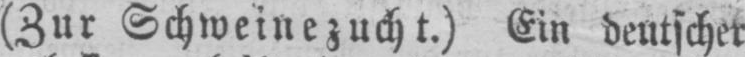
(Zur Schweinezucht.) Ein deutscher